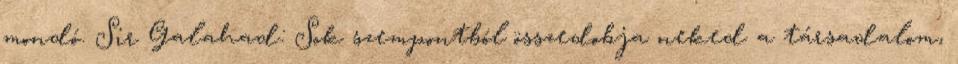
mondó. Sir Galahad: Sok szempontból összedobja neked a társadalom,